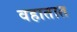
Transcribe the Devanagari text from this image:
वहातात